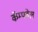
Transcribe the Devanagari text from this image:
कॅम्पवेल